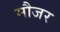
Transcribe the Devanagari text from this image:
मौजर